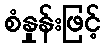
စံနှုန်းဖြင့်